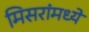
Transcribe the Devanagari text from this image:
मिसरांमध्ये